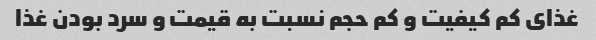
غذای کم کیفیت و کم حجم نسبت به قیمت و سرد بودن غذا